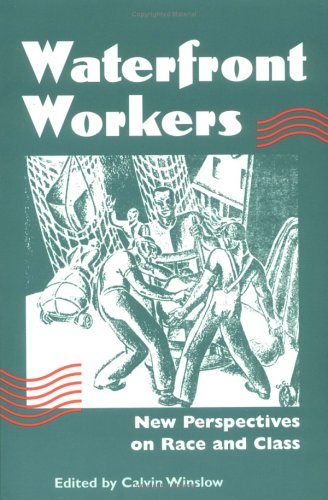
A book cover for Waterfront Workers: NEW PERSPECTIVES ON RACE AND CLASS (Working Class in American History); Business & Money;